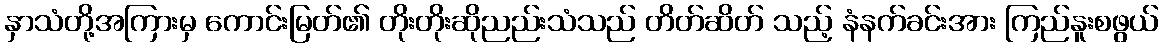
နှာသံတို့အကြားမှ ကောင်းမြတ်၏ တိုးတိုးဆိုညည်းသံသည် တိတ်ဆိတ် သည့် နံနက်ခင်းအား ကြည်နူးစဖွယ်